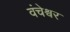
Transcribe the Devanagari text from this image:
वंचेश्वर